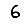
Digit: 6